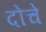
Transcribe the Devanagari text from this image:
दोचे